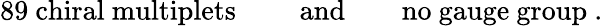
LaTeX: \mathrm{89~chiral~multiplets~}\qquad\mathrm{and}\qquad\mathrm{no~gauge~group~.}